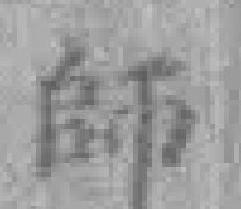
師